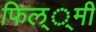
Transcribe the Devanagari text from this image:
फिल््मी